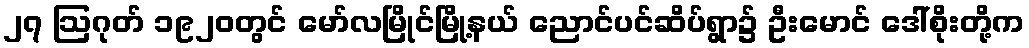
၂၇ ဩဂုတ် ၁၉၂၀တွင် မော်လမြိုင်မြို့နယ် ညောင်ပင်ဆိပ်ရွာ၌ ဦးမောင် ဒေါ်စိုးတို့က